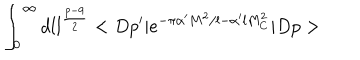
LaTeX: \int _ { 0 } ^ { \infty } d l l ^ { \frac { p - 9 } { 2 } } < D p ^ { \prime } \vert e ^ { - \pi \alpha ^ { \prime } M ^ { 2 } / l - \alpha ^ { \prime } l M _ { C } ^ { 2 } } \vert D p >